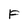
Character: F